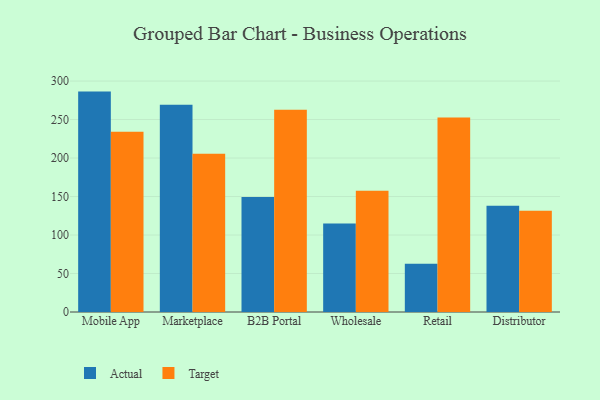
{"axis": {"x": "Channel", "y": "Bounce Rate (%)"}, "legend": ["Actual", "Target"], "data": [{"x": "Mobile App", "y": 286.3, "type": "Actual"}, {"x": "Mobile App", "y": 234.1, "type": "Target"}, {"x": "Marketplace", "y": 269.2, "type": "Actual"}, {"x": "Marketplace", "y": 205.6, "type": "Target"}, {"x": "B2B Portal", "y": 149.5, "type": "Actual"}, {"x": "B2B Portal", "y": 262.6, "type": "Target"}, {"x": "Wholesale", "y": 114.8, "type": "Actual"}, {"x": "Wholesale", "y": 157.5, "type": "Target"}, {"x": "Retail", "y": 62.8, "type": "Actual"}, {"x": "Retail", "y": 252.8, "type": "Target"}, {"x": "Distributor", "y": 138.0, "type": "Actual"}, {"x": "Distributor", "y": 131.6, "type": "Target"}]}